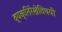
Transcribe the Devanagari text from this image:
व्यक्तिरेखेविषयी